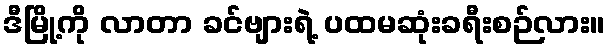
ဒီမြို့ကို လာတာ ခင်ဗျားရဲ့ ပထမဆုံးခရီးစဉ်လား။